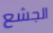
الجشع